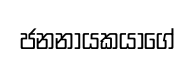
ජනනායකයාගේ